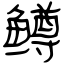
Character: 鳟